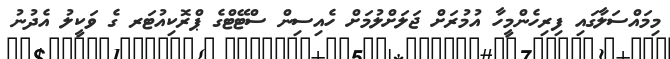
މިމައްސަލާގައި ފިރިހެންމީހާ އުމުރަށް ޖަލަށްލުމަށް ހެއިސިން ސްޓޭޓްގެ ޕްރޮކިއުޓަރ ގެ ވަކީލު އެދުނު